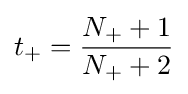
t_{+}={\frac {N_{+}+1}{N_{+}+2}}